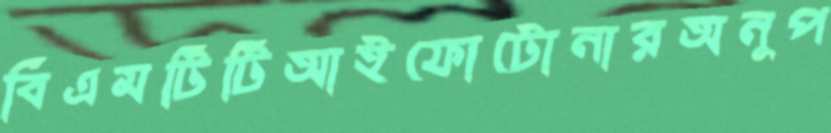
বিএমটিটিআইফোটোনারঅনুপ